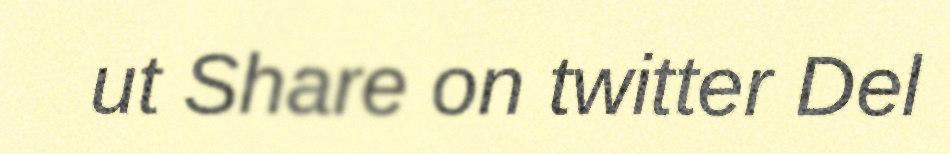
ut Share on twitter Del